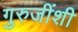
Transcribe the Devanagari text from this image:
गुरुजींशी